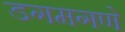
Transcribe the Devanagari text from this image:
डगमगणे